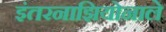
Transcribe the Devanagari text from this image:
इंतरनाझियोनाले